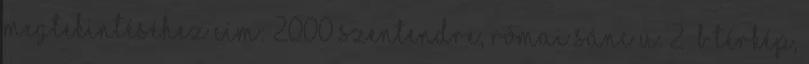
megtekintéséhez Cím: 2000 Szentendre, Római sánc u. 2 b Térkép,